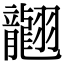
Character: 𦒮